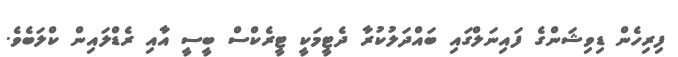
ފިރިހެން ޑިވިޝަންގެ ފައިނަލްގައި ބައްދަލުކުރާ ދެޓީމަކީ ޓީރެކްސް ބީސީ އާއި ރެޑްލައިން ކްލަބެވެ.